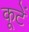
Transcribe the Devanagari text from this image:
कूटें